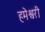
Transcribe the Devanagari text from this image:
हमेश्वरी